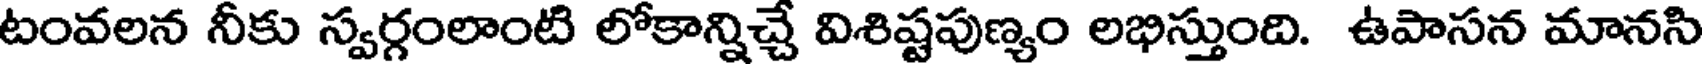
టంవలన నీకు స్వర్గంలాంటి లోకాన్నిచ్చే విశిష్టపుణ్యం లభిస్తుంది. ఉపాసన మానసి